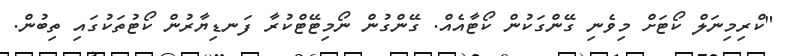
"ކްރިމިނަލް ކޯޓަށް މިވެނި ގޭންގަކުން ކޯޓާއެއް. ގޭންގުން ނޯމިޓޭޓްކުރާ ފަނޑިޔާރުން ކޯޓުތަކުގައި ތިބުން.